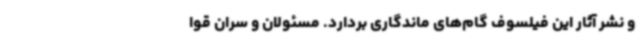
و نشر آثار این فیلسوف گام‌های ماندگاری بردارد. مسئولان و سران قوا